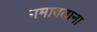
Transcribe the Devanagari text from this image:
गमावताना